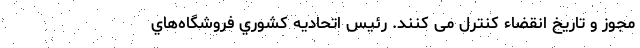
مجوز و تاريخ انقضاء کنترل می کنند. رئيس اتحاديه كشوري فروشگاه‌هاي